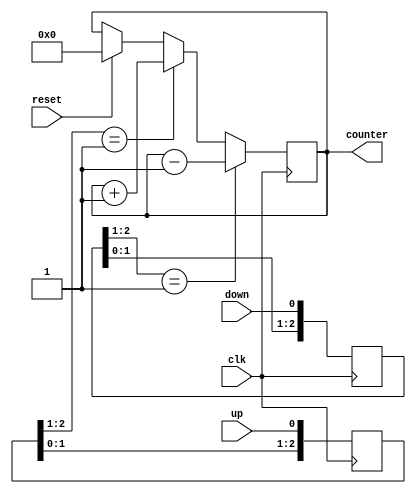
// This program was cloned from: https://github.com/multigcs/riocore
// License: GNU General Public License v2.0


module counter
    (
        input clk,
        input up,
        input down,
        input reset,
        output [31:0] counter
    );
    reg [31:0] cnt = 0;
    assign counter = cnt;

    reg[2:0] upr;  always @(posedge clk) upr <= {upr[1:0], up};
    reg[2:0] downr;  always @(posedge clk) downr <= {downr[1:0], down};
    wire up_risingedge = (upr[2:1]==2'b01);
    wire down_risingedge = (downr[2:1]==2'b01);

    always @(posedge clk) begin
        if (reset) begin
            cnt <= 0;
        end
        if (up_risingedge) begin
            cnt <= cnt + 1;
        end
        if (down_risingedge) begin
            cnt <= cnt - 1;
        end
    end
endmodule